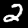
Label: 2